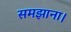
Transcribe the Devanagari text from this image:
समझाना।